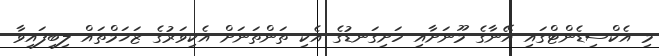
މި އެކްސިޑެންޓްގައި އޭނާގެ މޫނަށާއި ހަށިގަނޑުގެ އެކި ތަންތަނަށް އެކިވަރުގެ ޒަޚަމްތައް ލިބިފައިވާ